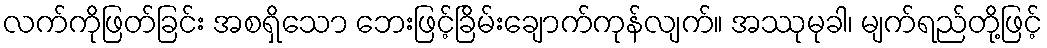
လက်ကိုဖြတ်ခြင်း အစရှိသော ဘေးဖြင့်ခြိမ်းချောက်ကုန်လျက်။ အဿုမုခါ၊ မျက်ရည်တို့ဖြင့်